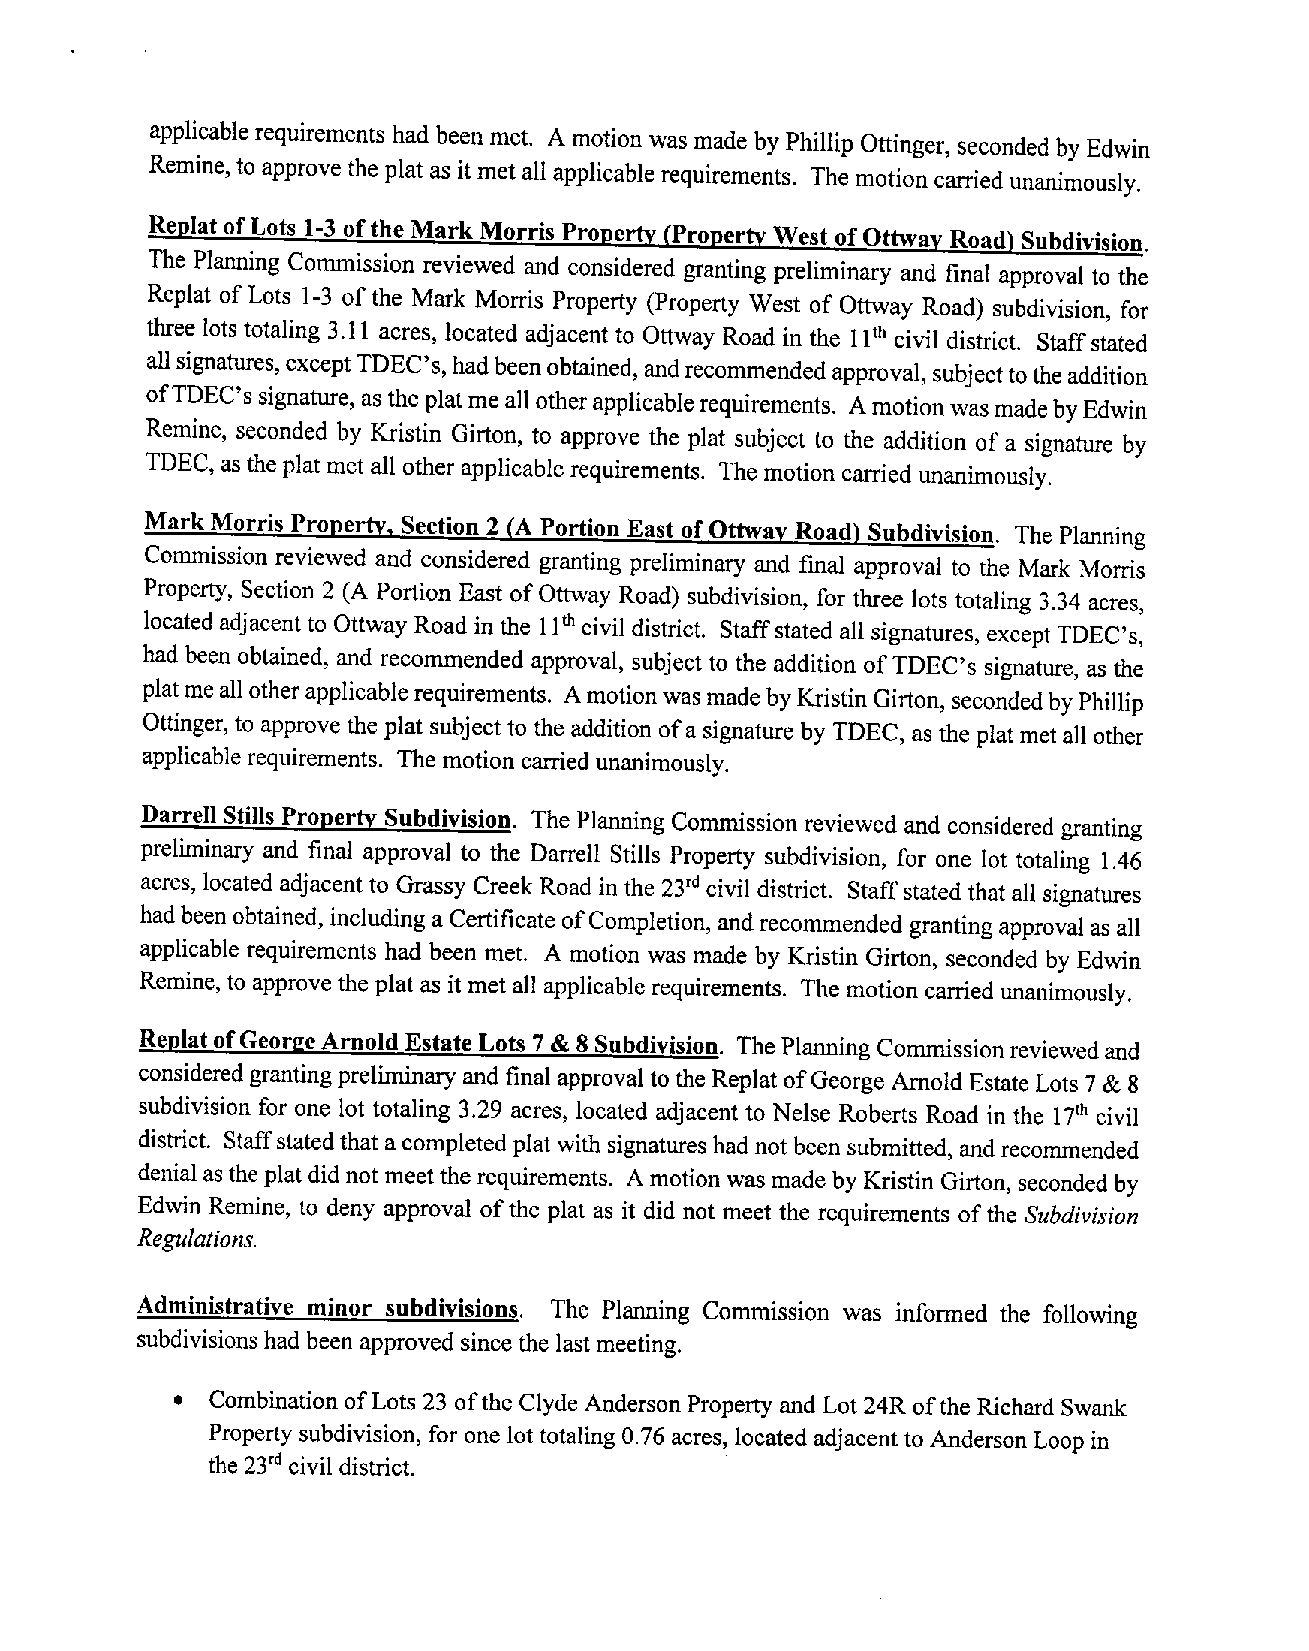
applicablerequirements had been met. A motion was madeby Phillip Ottinger, seconded by Edwin
 Remine,to approve theplat as it metall applicable requirements. Themotion carried unanimously.
 Replat ofLots 1-3 oftheMark Morris Property (Property Westof Ottwav Road) Subdivision.
 The Planning Commission reviewed and considered granting preliminary and final approvalto the
 Replat ofLots 1-3 ofthe Mark Morris Property (Property West of Ottway Road) subdivision, for
 threelots totaling 3.11 acres, located adjacent to Ottway Road in the I th civil district. Staffstated
 1
 allsignatures, exceptTDEC’s, hadbeenobtained, andrecommended approval, subjectto theaddition
 ofTDEC’s signature,as theplatme all otherapplicable requirements. Amotionwasmade byEdwin
 Remine, seconded by Kristin Girton, to approve the plat subject to the addition of a signature by
 TDEC, as the plat metall other applicable requirements. The motion carried unanimously.
 MarkMorris Property, Section 2 (A Portion East ofOttway Road) Subdivision. The Planning
 Commission reviewed and considered granting preliminary and final approval to the Mark Morris
 Property, Section 2 (A Portion East ofOttway Road) subdivision, for three lots totaling 3.34 acres,
 located adjacent to Ottway Roadin the 1~ civil district. Staffstated all signatures, except TDEC’s,
 had been obtained, and recommended approval, subject to the addition ofTDEC’s signature, as the
 platme all otherapplicable requirements. Amotion wasmadeby Kristin Girton, seconded byPhillip
 Ottinger, to approve the plat subject to the addition ofa signature by TDEC, as the plat met all other
 applicable requirements. The motion carried unanimously.
 DarrellStills Property Subdivision. The Planning Commission reviewedand considered granting
 preliminary and final approval to the Darrell Stills Property subdivision, for one lot totaling 1.46
 acres, located adjacent to Grassy Creek Road in the 23’~civil district. Staffstated that all signatures
 had been obtained, including a CertificateofCompletion, andrecommended granting approvalasall
 applicable requirements had been met. A motion was made by Kristin Girton, seconded by Edwin
 Remine, to approve the plat as itmet all applicablerequirements. The motion carried unanimously.
 Replat ofGeorge ArnoldEstate Lots 7 & 8 Subdivision. The Planning Commissionreviewedand
 consideredgrantingpreliminaryand final approval to theReplat ofGeorgeArnold Estate Lots7 & 8
 subdivision for one lot totaling 3.29 acres, located adjacent to Nelse Roberts Road in the l7~”civil
 district. Staffstatedthat acompletedplatwith signatureshad notbeen submitted, and recommended
 denial as the platdid notmeetthe requirements. A motion made by Kristin Girton, seconded by
 was
 Edwin Remine, to deny approval ofthe plat as it did not meet the requirements ofthe Subdivision
 Regulations.
 Administrative minor subdivisions. The Planning Commission was informed the following
 subdivisions had been approved since the lastmeeting.
 • Combination ofLots 23 ofthe Clyde Anderson Property and Lot 24R ofthe Richard Swank
 Property subdivision,for onelot totaling0.76 acres, located adjacent to AndersonLoop in
 the 23~civil district.